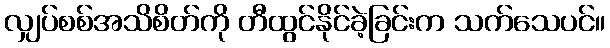
လျှပ်စစ်အသိစိတ်ကို တီထွင်နိုင်ခဲ့ခြင်းက သက်သေပင်။